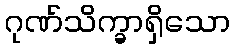
ဂုဏ်သိက္ခာရှိသော